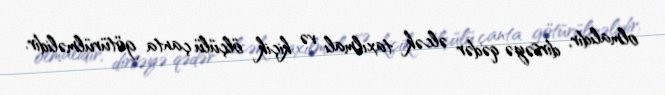
olmalıdır, dirsəyə qədər əlcək taxılmalı və kiçik ölçülü çanta götürülməlidir.